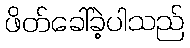
ဖိတ်ခေါ်ခဲ့ပါသည်